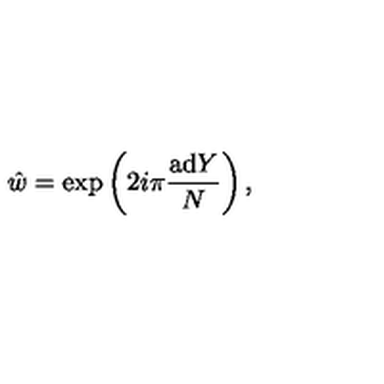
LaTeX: \hat { w } = \exp \left( 2 i \pi { \frac { \mathrm { a d } Y } { N } } \right) ,